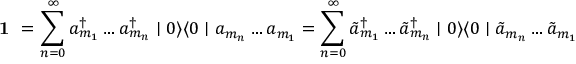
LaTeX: \textbf { 1 } = \sum _ { n = 0 } ^ { \infty } a _ { m _ { 1 } } ^ { \dagger } \ldots a _ { m _ { n } } ^ { \dagger } \mid 0 \rangle \langle 0 \mid a _ { m _ { n } } \ldots a _ { m _ { 1 } } = \sum _ { n = 0 } ^ { \infty } \tilde { a } _ { m _ { 1 } } ^ { \dagger } \ldots \tilde { a } _ { m _ { n } } ^ { \dagger } \mid 0 \rangle \langle 0 \mid \tilde { a } _ { m _ { n } } \ldots \tilde { a } _ { m _ { 1 } }